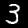
Digit: 3